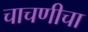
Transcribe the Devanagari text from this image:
चाचणीचा